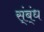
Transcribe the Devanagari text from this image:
स्ंब्ंध